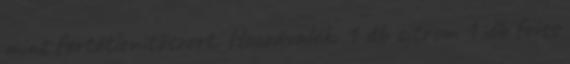
mint fertőtlenitőszert. Hozzávalók: 1 db citrom 1 db friss